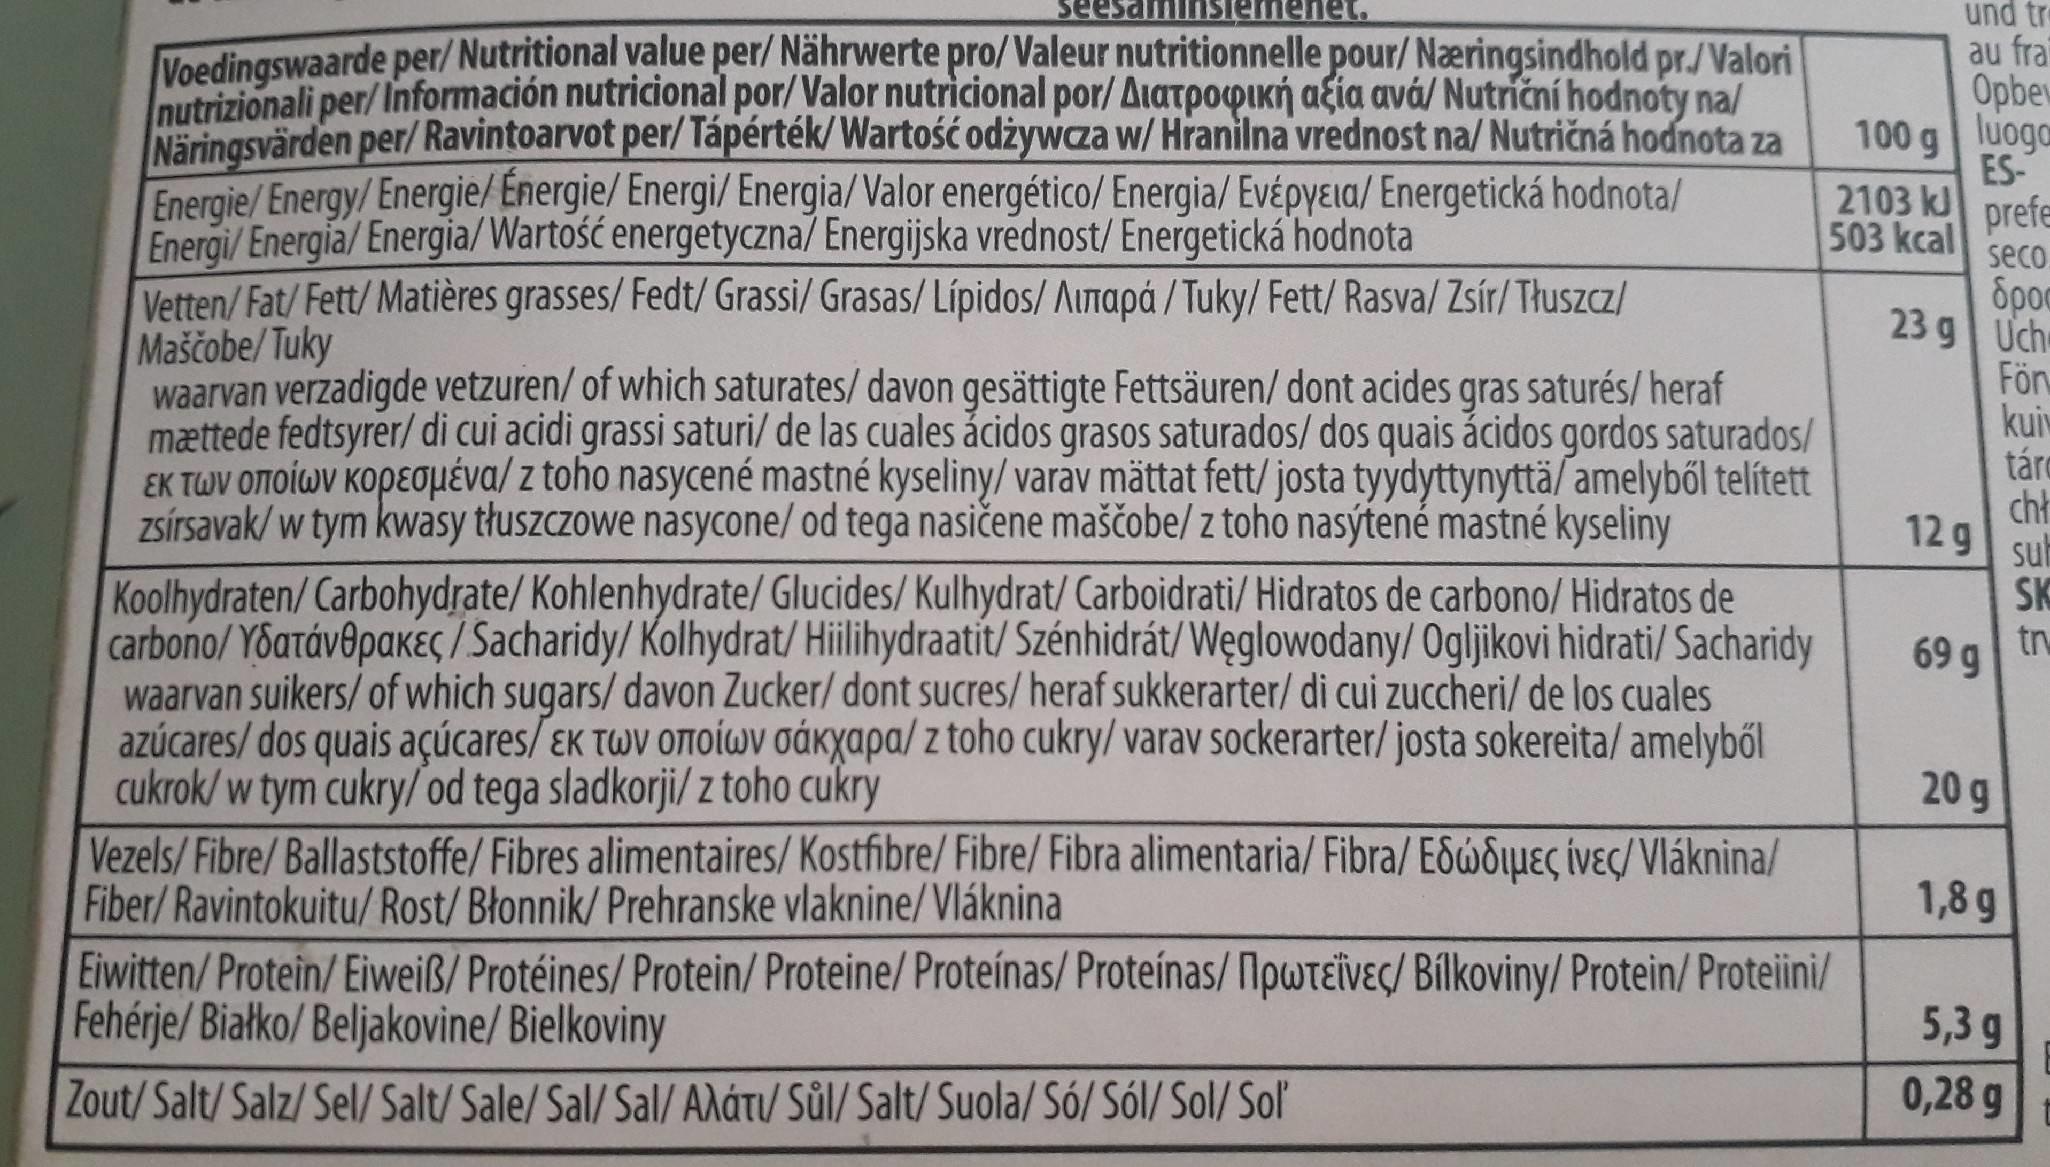
net.
und tre
Voedinaswaarde per/ Nutritional value per/ Nährwerte pro/ Valeur nutritionnelle pour/Næringsindhold pr./ Valori nutrizionali per/ Información nutricional por/Valor nutricional por/AiatpowiKń afia avá/ Nutriční hodnoty na/ Näringsvärden per/ Ravintoarvot per/Tápérték/ Wartość odżywcza w/ Hranilna vrednost na/ Nutričná hodnota za Energie/ Energy/Energie/ Energie/ Energi/ Energia/Valor energético/ Energia/ Evépyeia/ Energetická hodnota/ Energi/Energia/ Energia/Wartość energetyczna/ Energijska vrednost/Energetická hodnota Vetten/Fat/Fett/Matières grasses/ Fedt/Grassi/ Grasas/Lípidos/ Autapá / Tuky/ Fett/Rasva/ Zsír/ Tłuszcz/ Maščobe/Tuky waarvan verzadigde vetzuren/ of which saturates/ davon gesättigte Fettsäuren/ dont acides gras saturés/heraf mættede fedtsyrer/ di cui acidi grassi saturi/ de las cuales ácidos grasos saturados/dos quais ácidos gordos saturados/ EK TWV OMOÍWY KOPEOHéva/ z toho nasycené mastné kyseliny/ varav mättat fett/ josta tyydyttynyttä/ amelyből telített ZSÍrsavak/ w tym kwasy tłuszczowe nasycone/ od tega nasičene maščobe/ z toho nasýtené mastné kyseliny Koolhydraten/Carbohydrate/ Kohlenhydrate/ Glucides/Kulhydrat/ Carboidrati/ Hidratos de carbono/ Hidratos de carbono/YoatávepakEÇ/ Sacharidy/ Kolhydrat/ Hilihydraatit/ Szénhidrát/Węglowodany/ Ogljikovi hidrati/ Sacharidy waarvan suikers/ of which sugars/ davon Zucker/ dont sucres/heraf sukkerarter/ di cui zuccheri/ de los cuales azúcares/ dos quais açúcares/ ɛK tWv onoiwv oáKyapa/ z toho cukry/ varav sockerarter/josta sokereita/ amelyből cukrok/w tym cukry/od tega sladkorji/ z toho cukry Vezels/ Fibre/Ballaststoffe/ Fibres alimentaires/Kostfibre/Fibre/Fibra alimentaria/ Fibra/ E&wõueç iveç/ Vláknina/ Fiber/Ravintokuitu/Rost/Błonnik/ Prehranske vlaknine/Vláknina Eiwitten/Protein/Eiweiß/ Protéines/Protein/ Proteine/ Proteínas/ Proteínas/ NpwtɛiVEç/ Bílkoviny/ Protein/Proteiini/ Fehérje/ Białko/ Beljakovine/ Bielkoviny
au fra Opbev
100 g luoga ES- 2103 kJ prefe 503 kcal
seco
23 g Uch
För kuiv táro cht 12g
sub SK
tr
69 g
20 g
1,8 g
5,3 g
Zout/Salt/Salz/Sel/ Salt/ Sale/ Sal/ Sal/ Arátu/ Sůl/ Salt/ Suola/ Só/ Sól/Sol/ Sol
0,28 g